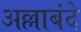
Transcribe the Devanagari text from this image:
अल्लाबंदे